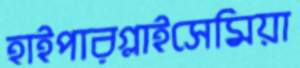
হাইপারগ্লাইসেমিয়া